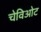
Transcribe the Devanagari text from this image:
चेविओट